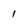
Character: 1